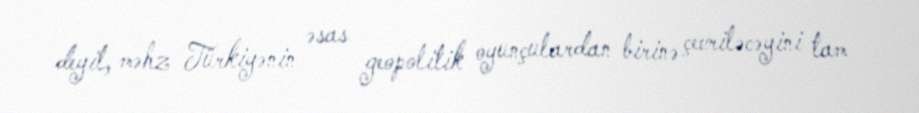
deyil, məhz Türkiyənin əsas geopolitik oyunçulardan birinə çevriləcəyini tam